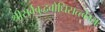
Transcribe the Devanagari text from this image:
श्रीसर्वबुद्धबोधिसत्त्वेभ्यः